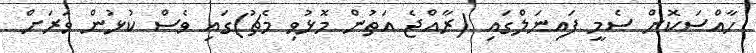
ހާއްސަކޮށް ސެމީ ފައިނަލްގައި (ރާއްޖެ އަތުން މޮޅުވި މެޗު)ގައި ވެސް ކުޅުން ވަރަށް